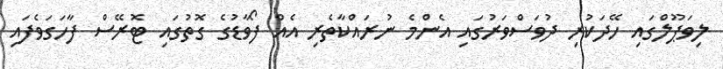
ލިވަޕޫލްގައި ހޭދަކުރި ދުވަސްވަރުގައި އެންމެ ނުރައްކާތެރި އެއް ފޯވާޑުގެ ގޮތުގައި ޓޮރޭސް ފާހަގަވެފައި